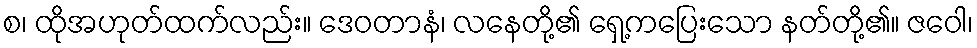
စ၊ ထိုအဟုတ်ထက်လည်း။ ဒေဝတာနံ၊ လနေတို့၏ ရှေ့ကပြေးသော နတ်တို့၏။ ဇဝေါ၊